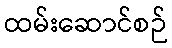
ထမ်းဆောင်စဉ်